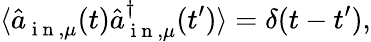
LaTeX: \langle\hat{a}_{\mathrm{~i~n~},\mu}^{}(t)\hat{a}_{\mathrm{~i~n~},\mu}^{\dagger}(t^{\prime})\rangle=\delta(t-t^{\prime}),